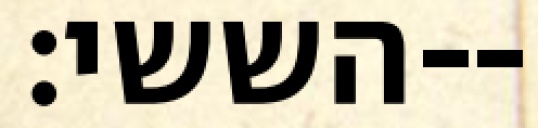
הששי׃--